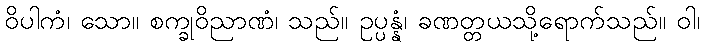
ဝိပါကံ၊ သော။ စက္ခုဝိညာဏံ၊ သည်။ ဥပ္ပန္နံ၊ ခဏတ္တယသို့ရောက်သည်။ ဝါ၊